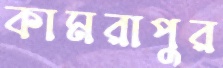
কামরাপুর